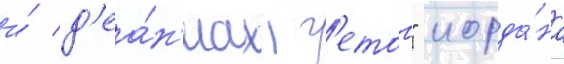
и́ д'еа́н'иах г'етов" иорда́на